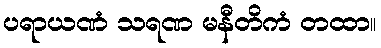
ပရာယဏံ သရဏ မနီတိကံ တထာ။